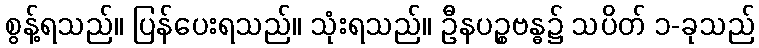
စွန့်ရသည်။ ပြန်ပေးရသည်။ သုံးရသည်။ ဦနပဉ္စဗန္ဓ၌ သပိတ် ၁-ခုသည်